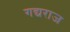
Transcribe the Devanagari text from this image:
गद्यराज